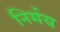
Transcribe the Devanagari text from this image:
निर्मय